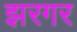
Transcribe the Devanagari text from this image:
झरगर